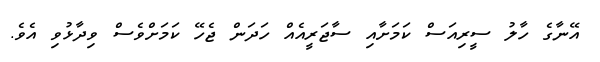
އޭނާގެ ހާލު ސީރިއަސް ކަމަށާއި ސާޖަރީއެއް ހަދަން ޖެހޭ ކަމަށްވެސް ވިދާޅުވި އެވެ.